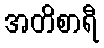
အတိစာရီ